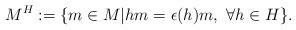
LaTeX: \begin{align*}M^H:=\{m\in M|hm=\epsilon(h)m,~\forall h \in H\}.\end{align*}